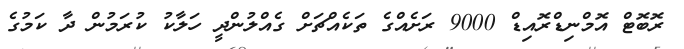
ރޮބޮޓް އޮމްނިޑްރޮއިޑް 9000 ރަށެއްގެ ތަކެއްޗަށް ގެއްލުންދީ ހަލާކު ކުރަމުން ދާ ކަމުގެ